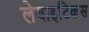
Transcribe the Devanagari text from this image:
लेवाइटिकस